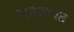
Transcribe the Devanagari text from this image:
समजावत